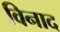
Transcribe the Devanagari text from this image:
विनाद